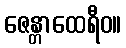
ဇေန္တာထေရီဝ။